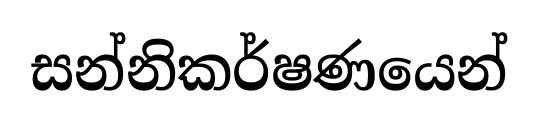
සන්නිකර්ෂණයෙන්